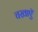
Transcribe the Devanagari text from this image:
चखाएॅ